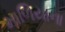
માળિયાના